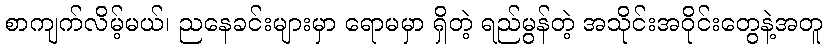
စာကျက်လိမ့်မယ်၊ ညနေခင်းများမှာ ရောမမှာ ရှိတဲ့ ရည်မွန်တဲ့ အသိုင်းအဝိုင်းတွေနဲ့အတူ